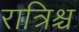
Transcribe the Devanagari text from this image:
रात्रिश्च